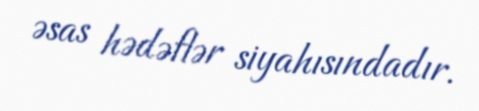
əsas hədəflər siyahısındadır.